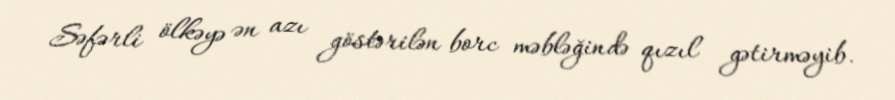
Səfərli ölkəyə ən azı göstərilən borc məbləğində qızıl gətirməyib.